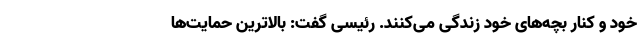
خود و کنار بچه‌های خود زندگی می‌کنند. رئیسی گفت: بالاترین حمایت‌ها